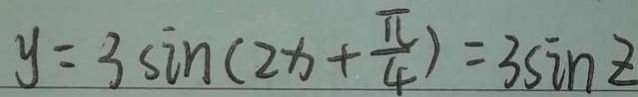
y = 3 \sin ( 2 x + \frac { \pi } { 4 } ) = 3 \sin z